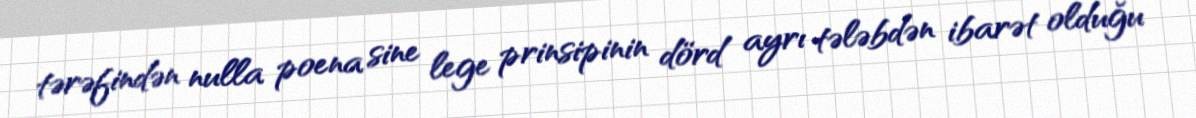
tərəfindən nulla poena sine lege prinsipinin dörd ayrı tələbdən ibarət olduğu